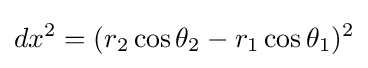
dx^{2}=(r_{2}\cos \theta _{2}-r_{1}\cos \theta _{1})^{2}